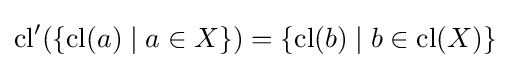
{\text{cl}}'(\{{\text{cl}}(a)\mid a\in X\})=\{{\text{cl}}(b)\mid b\in {\text{cl}}(X)\}